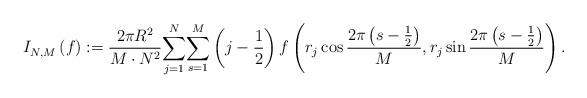
LaTeX: \begin{align*}I_{N,M}^{}\left( f\right) :=\frac{2\pi R^{2}}{M\cdot N^{2}}{\displaystyle\sum_{j=1}^{N}}{\displaystyle\sum_{s=1}^{M}}\left( j-\frac{1}{2}\right) f\left( r_{j}\cos\frac{2\pi\left( s-\frac{1}{2}\right) }{M},r_{j}\sin\frac{2\pi\left( s-\frac{1}{2}\right) }{M}\right) . \end{align*}